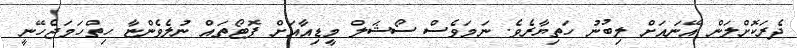
ދެރަކޮށްލަން އޭނައަށް ލިބުނު ހަތިޔާރެވެ. ނަމަވެސް ސޯޝަލް މީޑިއާއަށް ފޮޓޯތައް ނުލެވެންޏާ ހިތްހަމަޖެހޭނީ